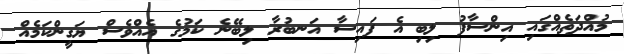
މުއްދަތެއްގައި އިންސާފު ލިބި އެ ފައިސާ އަނބުރާ ލިބޭނެ ކަމުގެ އެއްވެސް ޔަގީންކަމެއް